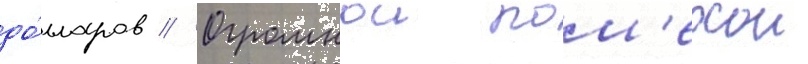
до́лларов // Огромнои пом'ехои